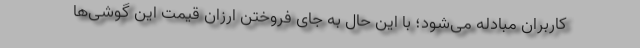
کاربران مبادله می‌شود؛ با این حال به جای فروختن ارزان قیمت این گوشی‌ها